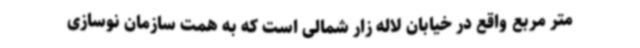
متر مربع واقع در خیابان لاله زار شمالی است که به همت سازمان نوسازی